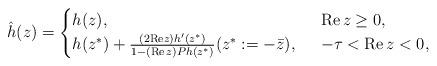
LaTeX: \begin{align*}\hat h(z) = \begin{cases}h(z), & \;\; {\rm Re}\, z \geq 0,\\h(z^*) + \frac{(2{\rm Re} z) h'(z^*)}{1 - ({\rm Re}\, z) Ph(z^*)} (z^* := -\bar z), & \;\; -\tau < {\rm Re}\, z < 0,\end{cases}\end{align*}